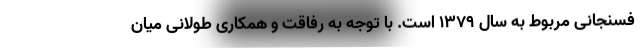
فسنجانی مربوط به سال ۱۳۷۹ است. با توجه به رفاقت و همکاری طولانی میان